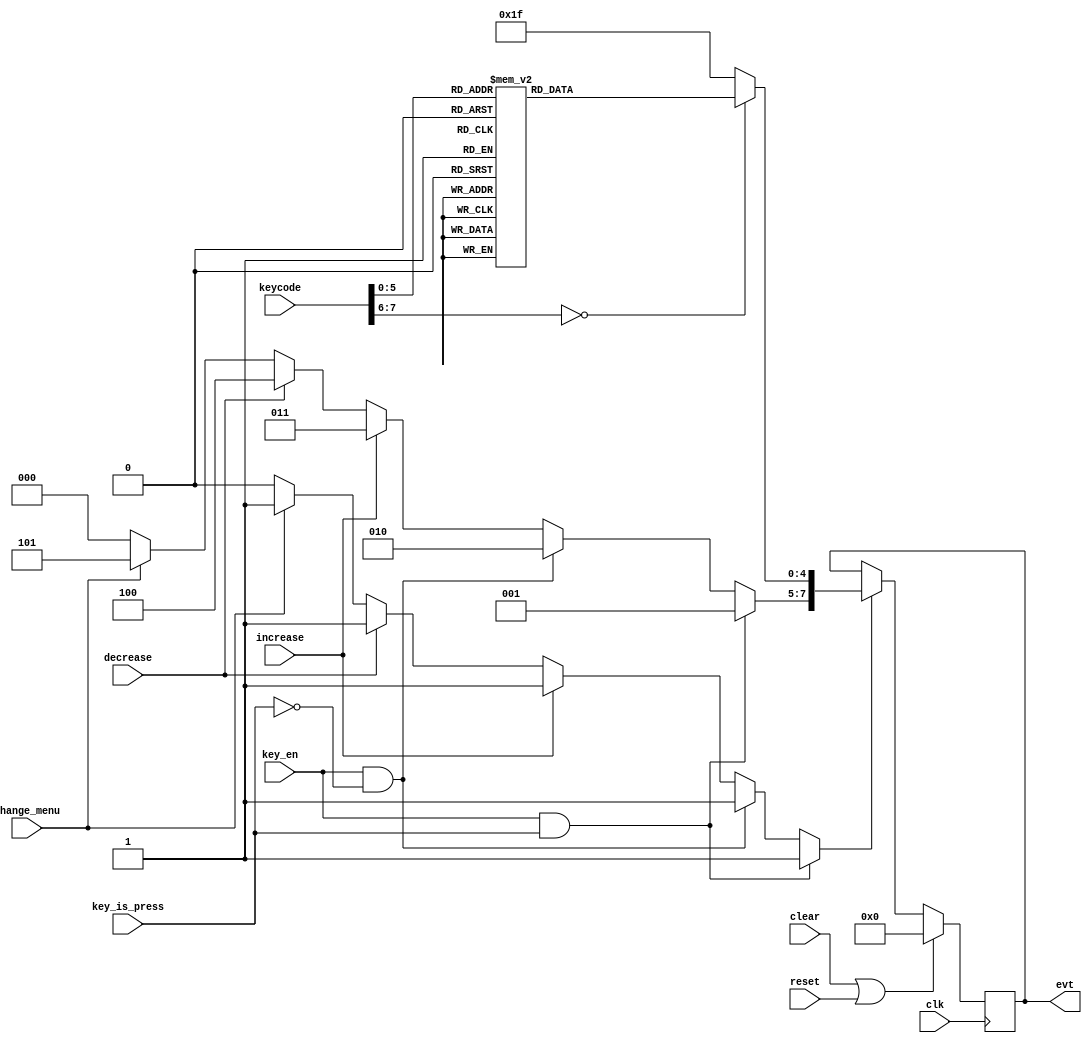
module event_buffer(input clk,
                    input reset,
                    input [7:0] keycode,
                    input key_is_press,
                    input key_en,
                    input increase,
                    input decrease,
                    input change_menu,
                    input clear,
                    output reg [7:0] evt);
        
    /***************************************************************************
     * Parameter Declarations *
     ***************************************************************************/

    // Event types
    localparam EVT_INVALID     = 3'h0;
    localparam EVT_PRESS_KEY   = 3'h1;
    localparam EVT_RELEASE_KEY = 3'h2;
    localparam EVT_INCREASE    = 3'h3;
    localparam EVT_DECREASE    = 3'h4;
    localparam EVT_CHANGE_MENU = 3'h5;
    
    /***************************************************************************
     * Internal Wire and Register Declarations *
     ***************************************************************************/
    
    reg [2:0] type;
    reg [4:0] key;
    reg evt_en;
    
    initial begin
        type   = EVT_INVALID;
        key    = 0;
        evt_en = 0;
        evt    = 0;
    end
    
    /***************************************************************************
     * Sequential Logic *
     ***************************************************************************/
    
    always @(posedge clk)
        if (clear | reset)
            evt <= 0;
        else if (evt_en)
            evt <= {type, key};
    
    /***************************************************************************
     * Combinational Logic *
     ***************************************************************************/
    
    always @(keycode)
        case (keycode)
            8'h15: key   = 5'd0; // Q
            8'h1E: key   = 5'd1; // 2
            8'h1D: key   = 5'd2; // W
            8'h26: key   = 5'd3; // 3
            8'h24: key   = 5'd4; // E
            8'h2D: key   = 5'd5; // R
            8'h2E: key   = 5'd6; // 5
            8'h2C: key   = 5'd7; // T
            8'h36: key   = 5'd8; // 6
            8'h35: key   = 5'd9; // Y
            8'h3D: key   = 5'd10; // 7
            8'h3C: key   = 5'd11; // U
            8'h1A: key   = 5'd12; // Z
            8'h1B: key   = 5'd13; // S
            8'h22: key   = 5'd14; // X
            8'h23: key   = 5'd15; // D
            8'h21: key   = 5'd16; // C
            8'h2A: key   = 5'd17; // V
            8'h34: key   = 5'd18; // G
            8'h32: key   = 5'd19; // B
            8'h33: key   = 5'd20; // H
            8'h31: key   = 5'd21; // N
            8'h3B: key   = 5'd22; // J
            8'h3A: key   = 5'd23; // M
            default: key = 5'd31; // invalid
        endcase
    
    always @(*)
        if (key_en & key_is_press) begin
            evt_en = 1;
            type   = EVT_PRESS_KEY;
        end
        else if (key_en && ~key_is_press) begin
            evt_en = 1;
            type   = EVT_RELEASE_KEY;
        end
        else if (increase) begin
            evt_en = 1;
            type   = EVT_INCREASE;
        end
        else if (decrease) begin
            evt_en = 1;
            type   = EVT_DECREASE;
        end
        else if (change_menu) begin
            evt_en = 1;
            type   = EVT_CHANGE_MENU;
        end
        else begin
            evt_en = 0;
            type   = EVT_INVALID;
        end
    
endmodule